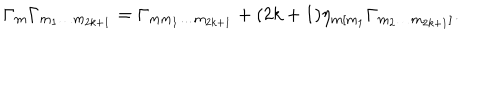
\Gamma _ { m } \Gamma _ { m _ { 1 } \ldots m _ { 2 k + 1 } } = \Gamma _ { m m _ { 1 } \ldots m _ { 2 k + 1 } } + ( 2 k + 1 ) \eta _ { m [ m _ { 1 } } \Gamma _ { m _ { 2 } \ldots m _ { 2 k + 1 } ] } .